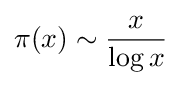
\pi (x)\sim {\frac {x}{\log x}}